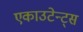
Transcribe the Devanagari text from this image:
एकाउटेन्ट्स